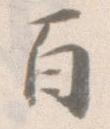
百